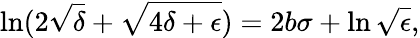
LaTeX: \ln(2\sqrt{\delta}+\sqrt{4\delta+\epsilon})=2b\sigma+\ln\sqrt{\epsilon},